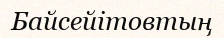
Байсейітовтың